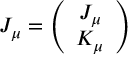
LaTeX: { \cal J } _ { \mu } = \left( \begin{array} { c } { { J _ { \mu } } } \\ { { K _ { \mu } } } \end{array} \right)